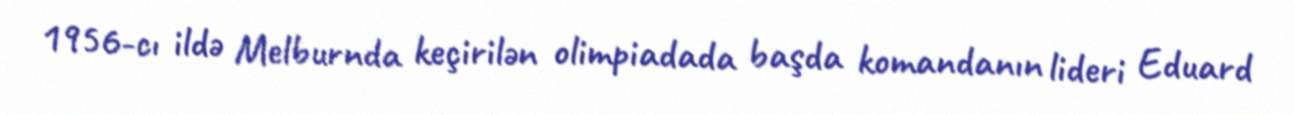
1956-cı ildə Melburnda keçirilən olimpiadada başda komandanın lideri Eduard